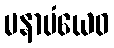
မနာပံယေဝ